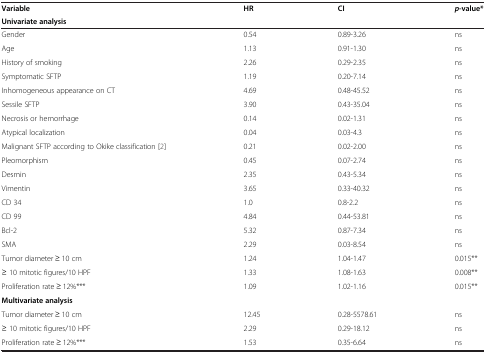
<table><thead><tr><td><b>Variable</b></td><td><b>HR</b></td><td><b>CI</b></td><td><b><i>p</i>-value*</b></td></tr><tr><td><b>Univariate analysis</b></td><td><b> </b></td><td><b> </b></td><td><b> </b></td></tr></thead><tbody><tr><td>Gender</td><td>0.54</td><td>0.89-3.26</td><td>ns</td></tr><tr><td>Age</td><td>1.13</td><td>0.91-1.30</td><td>ns</td></tr><tr><td>History of smoking</td><td>2.26</td><td>0.29-2.35</td><td>ns</td></tr><tr><td>Symptomatic SFTP</td><td>1.19</td><td>0.20-7.14</td><td>ns</td></tr><tr><td>Inhomogeneous appearance on CT</td><td>4.69</td><td>0.48-45.52</td><td>ns</td></tr><tr><td>Sessile SFTP</td><td>3.90</td><td>0.43-35.04</td><td>ns</td></tr><tr><td>Necrosis or hemorrhage</td><td>0.14</td><td>0.02-1.31</td><td>ns</td></tr><tr><td>Atypical localization</td><td>0.04</td><td>0.03-4.3</td><td>ns</td></tr><tr><td>Malignant SFTP according to Okike classification [2]</td><td>0.21</td><td>0.02-2.00</td><td>ns</td></tr><tr><td>Pleomorphism</td><td>0.45</td><td>0.07-2.74</td><td>ns</td></tr><tr><td>Desmin</td><td>2.35</td><td>0.43-5.34</td><td>ns</td></tr><tr><td>Vimentin</td><td>3.65</td><td>0.33-40.32</td><td>ns</td></tr><tr><td>CD 34</td><td>1.0</td><td>0.8-2.2</td><td>ns</td></tr><tr><td>CD 99</td><td>4.84</td><td>0.44-53.81</td><td>ns</td></tr><tr><td>Bcl-2</td><td>5.32</td><td>0.87-7.34</td><td>ns</td></tr><tr><td>SMA</td><td>2.29</td><td>0.03-8.54</td><td>ns</td></tr><tr><td>Tumor diameter ≥ 10 cm</td><td>1.24</td><td>1.04-1.47</td><td>0.015**</td></tr><tr><td>≥ 10 mitotic figures/10 HPF</td><td>1.33</td><td>1.08-1.63</td><td>0.008**</td></tr><tr><td>Proliferation rate ≥ 12%***</td><td>1.09</td><td>1.02-1.16</td><td>0.015**</td></tr><tr><td><b>Multivariate analysis</b></td><td> </td><td> </td><td> </td></tr><tr><td>Tumor diameter ≥ 10 cm</td><td>12.45</td><td>0.28-5578.61</td><td>ns</td></tr><tr><td>≥ 10 mitotic figures/10 HPF</td><td>2.29</td><td>0.29-18.12</td><td>ns</td></tr><tr><td>Proliferation rate ≥ 12%***</td><td>1.53</td><td>0.35-6.64</td><td>ns</td></tr></tbody></table>